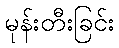
မုန်းတီးခြင်း